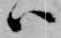
ハ